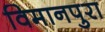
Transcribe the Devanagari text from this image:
विमानपुरा